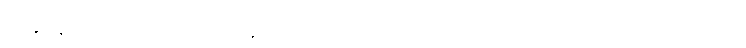
ကိုရွှေနီသည် ခဏခဏပင် နောက်ဖေးလှေကားမှ တက်မိဆင်းမိမည်ရှိ၍ မခေါင်ညွယ်၏